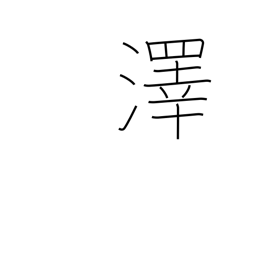
Meaning: swamp